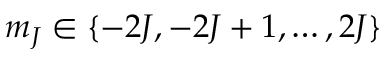
m _ { J } \in \{ - 2 J , - 2 J + 1 , \ldots , 2 J \}